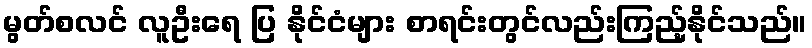
မွတ်စလင် လူဦးရေ ပြ နိုင်ငံများ စာရင်းတွင်လည်းကြည့်နိုင်သည်။